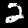
Digit: 2